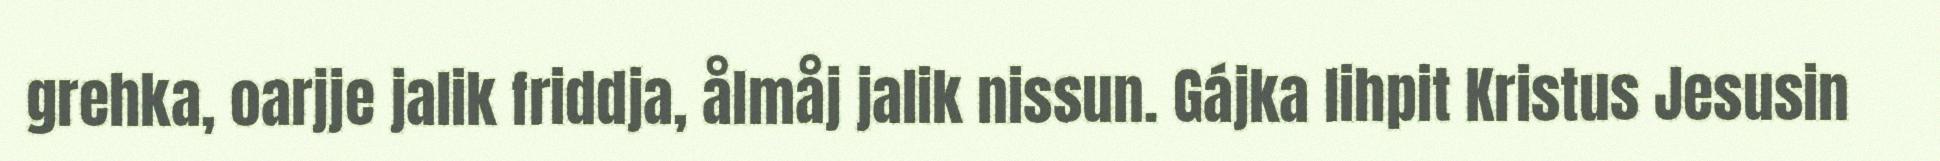
grehka, oarjje jalik friddja, ålmåj jalik nissun. Gájka lihpit Kristus Jesusin